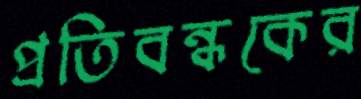
প্রতিবন্ধকের